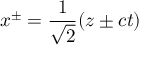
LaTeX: x ^ { \pm } = { \frac { 1 } { \sqrt { 2 } } } ( z \pm c t )